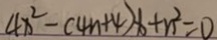
4 x ^ { 2 } - ( 4 n + 4 ) x + n ^ { 2 } = 0